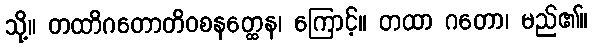
သို့။ တထာိဂတောတိဝစနတ္ထေန၊ ကြောင့်။ တထာ ဂတော၊ မည်၏။